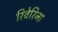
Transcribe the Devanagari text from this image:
रिवेरिना